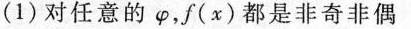
(1)对任意的\varphi ，f(x)都是非奇非偶